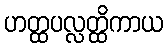
ဟတ္ထပလ္လတ္ထိကာယ